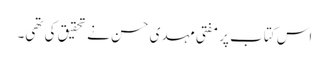
اس کتاب پر مفتی مہدی حسن نے تحقیق کی تھی۔